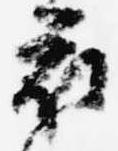
衣